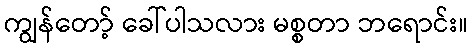
ကျွန်တော့် ခေါ်ပါသလား မစ္စတာ ဘရောင်း။